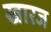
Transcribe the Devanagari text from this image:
खारज